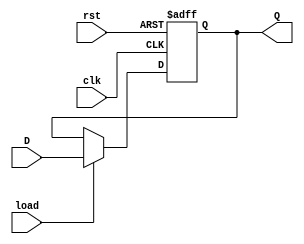
`timescale 1ns / 1ps
//////////////////////////////////////////////////////////////////////////////////
// Company: Tecnolgico de Costa Rica
// 
// Design Name: 
// Module Name: Register 
// Project Name: 
// Target Devices: 
// Tool versions: 
// Description:  
//					
//////////////////////////////////////////////////////////////////////////////////

module RegisterAdd# (parameter W = 16)(

        //INPUTS
		input wire clk, //system clock
		input wire rst, //system reset
		input wire load, //load signal
		input wire [W-1:0] D, //input signal
		//OUTPUTS
		output reg [W-1:0] Q //output signal
    );

	always @(posedge clk, posedge rst)
		if(rst)
			Q <= 0;
		else if(load)
			Q <= D;
		else
			Q <= Q;

endmodule